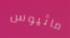
ماثيوس